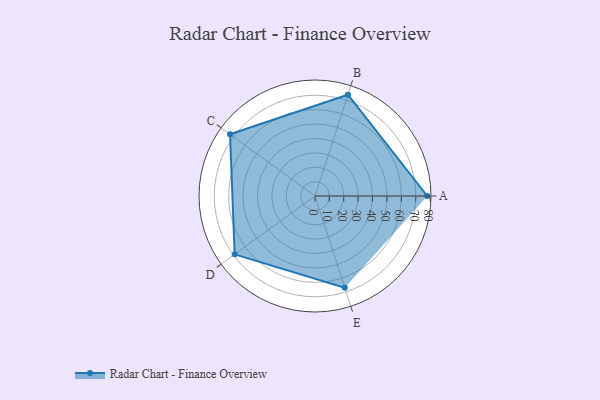
{"axis": {"x": "Skill", "y": "Score"}, "legend": ["Profile"], "data": [{"x": "A", "y": 78.0, "type": "Profile"}, {"x": "B", "y": 74.0, "type": "Profile"}, {"x": "C", "y": 73.0, "type": "Profile"}, {"x": "D", "y": 69.0, "type": "Profile"}, {"x": "E", "y": 67.0, "type": "Profile"}]}